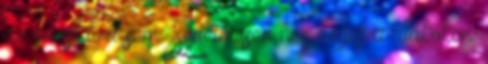
az ezüst tőrt sem. Sejtelmesen néz végig a diákokon.